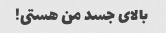
بالای جسد من هستی!